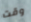
وقت